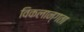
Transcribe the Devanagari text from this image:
विकलान्गता